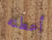
أعطته